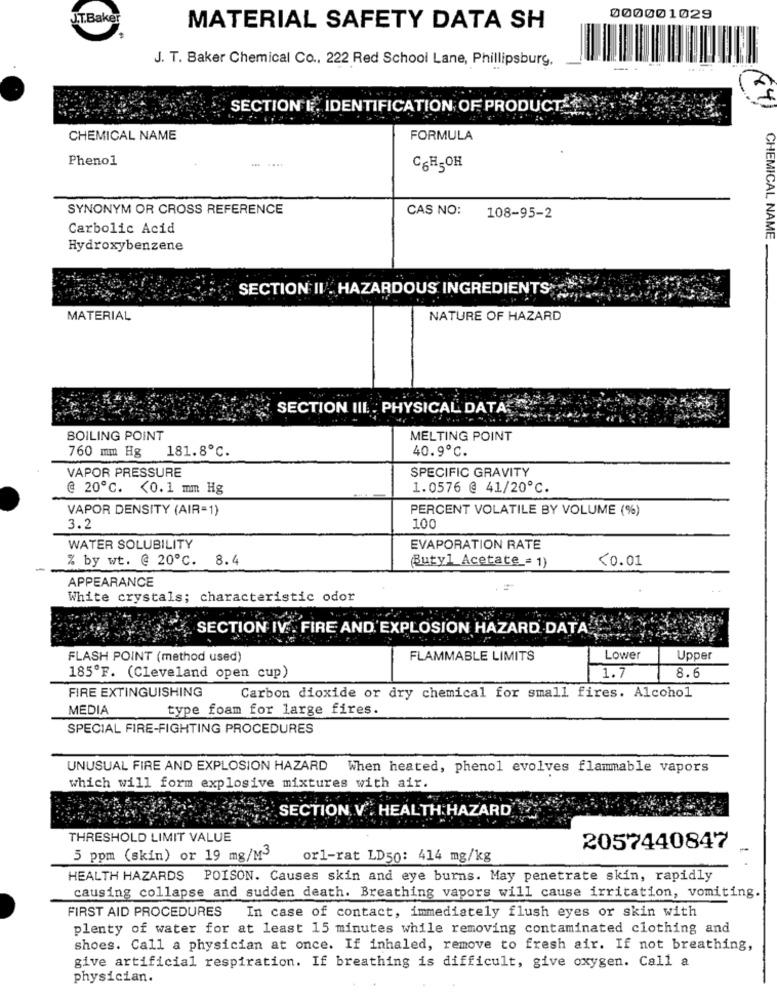
J.T.Baker
000001029
MATERIAL SAFETY DATA SH
J. T. Baker Chemical Co ., 222 Red School Lane, Phillipsburg,
SECTION 1. IDENTIFICATION OF PRODUCT
CHEMICAL NAME
FORMULA
Phenol
C6H5OH
SYNONYM OR CROSS REFERENCE
CAS NO: 108-95-2
Carbolic Acid
CHEMICAL NAME
Hydroxybenzene
SECTION II . HAZARDOUS INGREDIENTS
MATERIAL
NATURE OF HAZARD
SECTION III. : PHYSICAL DATA.
BOILING POINT
MELTING POINT
40.9℃.
760 mm Hg
181.8℃.
VAPOR PRESSURE
SPECIFIC GRAVITY
@ 20℃. < 0.1 mm Hg
1.0576 @ 41/20℃.
VAPOR DENSITY (AIR=1)
PERCENT VOLATILE BY VOLUME (%)
3.2
100
WATER SOLUBILITY
EVAPORATION RATE
% by wt. @ 20℃. 8.4
<0.01
-
Butyl Acetate = 1)
APPEARANCE
White crystals; characteristic odor
SECTION IV. FIRE AND EXPLOSION HAZARD DATA
FLASH POINT (method used)
FLAMMABLE LIMITS
Lower
Upper
185ºF. (Cleveland open cup)
1.7
8.6
FIRE EXTINGUISHING
Carbon dioxide or dry chemical for small fires. Alcohol
MEDIA
type foam for large fires.
SPECIAL FIRE-FIGHTING PROCEDURES
UNUSUAL FIRE AND EXPLOSION HAZARD When heated, phenol evolves flammable vapors
which will form explosive mixtures with air.
SECTION V . HEALTH HAZARD
THRESHOLD LIMIT VALUE
2057440847
5 ppm (skin) or 19 mg/M3
or1-rat LD50: 414 mg/kg
HEALTH HAZARDS POISON. Causes skin and eye burns. May penetrate skin, rapidly
causing collapse and sudden death. Breathing vapors will cause irritation, vomiting.
FIRST AID PROCEDURES In case of contact, immediately flush eyes or skin with
plenty of water for at least 15 minutes while removing contaminated clothing and
shoes. Call a physician at once. If inhaled, remove to fresh air. If not breathing,
give artificial respiration. If breathing is difficult, give oxygen. Call a
physician.